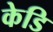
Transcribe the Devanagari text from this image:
केडि